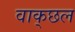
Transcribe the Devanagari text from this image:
वाक्‌छल